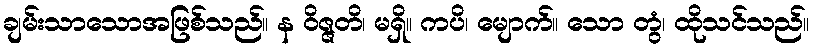
ချမ်းသာသောအဖြစ်သည်။ န ဝိဇ္ဇတိ၊ မရှိ။ ကပိ၊ မျောက်။ သော တွံ၊ ထိုသင်သည်။